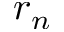
r _ { n }